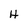
Character: H